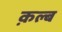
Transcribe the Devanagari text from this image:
क़ल्ब